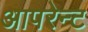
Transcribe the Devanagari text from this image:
आपरेन्ट